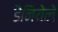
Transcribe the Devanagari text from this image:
डैनियेले